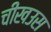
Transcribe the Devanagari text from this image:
चीखउस